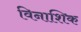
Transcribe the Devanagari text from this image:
विनाशिक